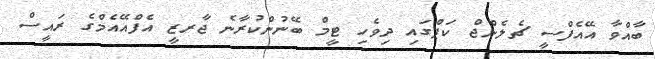
ބާއްވާ އޭއެފްސީ ޗެލެންޖް ކަޕްގައި ދިވެހި ޓީމް ބޭނުންކުރާނެ ޖާރޒީ އެފްއޭއެމްގެ ރައީސް